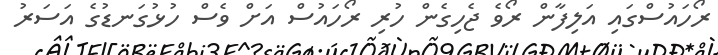
ރޯހައުސްގައި އަލިފާން ރޯވެ ޖެހިގެން ހުރި ރޯހައުސް އަށް ވެސް ހުޅުގަނޑުގެ އަސަރު